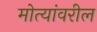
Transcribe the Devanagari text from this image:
मोत्यांवरील